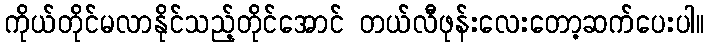
ကိုယ်တိုင်မလာနိုင်သည့်တိုင်အောင် တယ်လီဖုန်းလေးတော့ဆက်ပေးပါ။